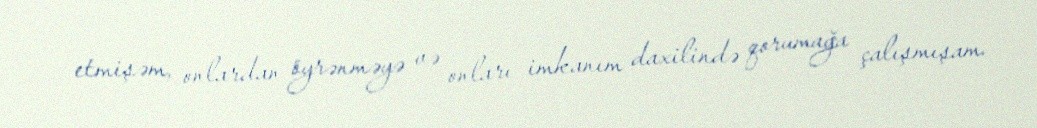
etmişəm, onlardan öyrənməyə və onları imkanım daxilində qorumağa çalışmışam.